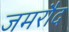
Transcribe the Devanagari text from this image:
जमरौद